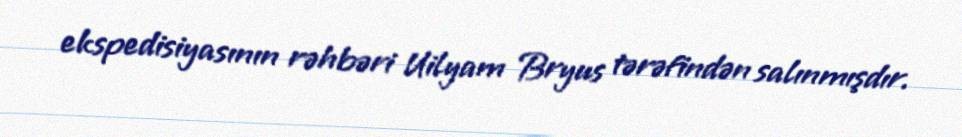
ekspedisiyasının rəhbəri Uilyam Bryus tərəfindən salınmışdır.